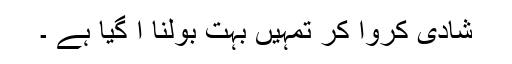
شادی کروا کر تمہیں بہت بولنا آ گیا ہے ۔